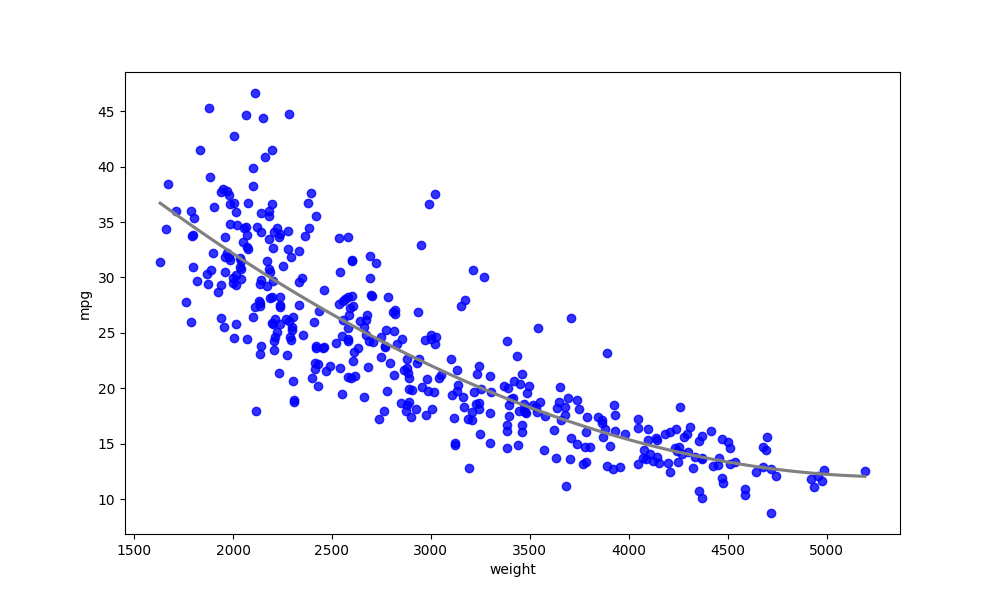
python, seaborn, regplot, order=3, ci=None, scatter_color=blue, line_color=gray